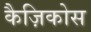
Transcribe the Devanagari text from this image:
कैज़िकोस